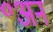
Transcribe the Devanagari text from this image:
॰अन